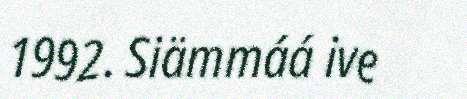
1992. Siämmáá ive